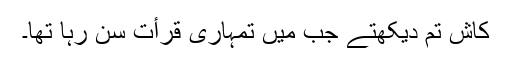
کاش تم دیکھتے جب میں تمہاری قرأت سن رہا تھا۔